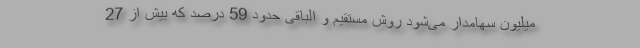
میلیون سهامدار می‌شود روش مستقیم و الباقی حدود 59 درصد که بیش از 27